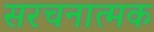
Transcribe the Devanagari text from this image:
सरचनात्मक